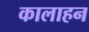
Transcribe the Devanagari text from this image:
कालाहन